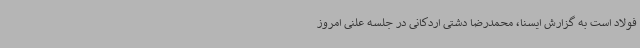
فولاد است به گزارش ایسنا، محمدرضا دشتی اردکانی در جلسه علنی امروز